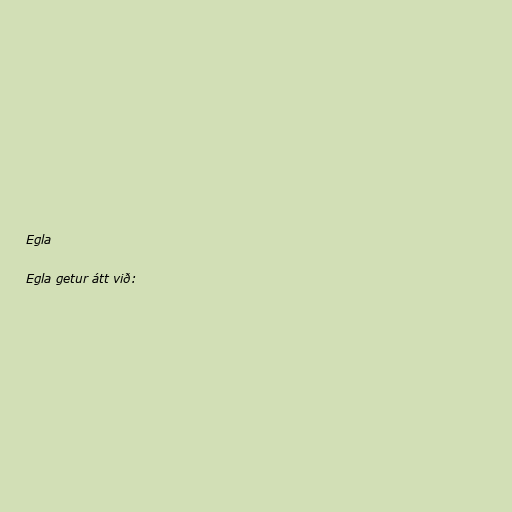
Egla

Egla getur átt við: